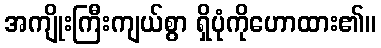
အကျိုးကြီးကျယ်စွာ ရှိပုံကိုဟောထား၏။